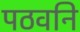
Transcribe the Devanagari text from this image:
पठवनि